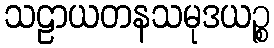
သဠာယတနသမုဒယဉ္စ